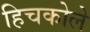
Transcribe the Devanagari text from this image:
हिचकोले